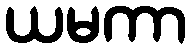
ယမကာ